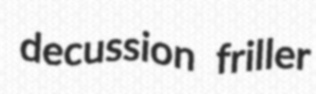
decussion friller